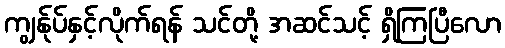
ကျွန်ုပ်နှင့်လိုက်ရန် သင်တို့ အဆင်သင့် ရှိကြပြီလော